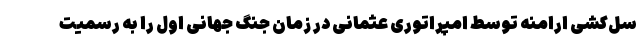
سل‌کشی ارامنه توسط امپراتوری عثمانی در زمان جنگ جهانی اول را به رسمیت